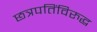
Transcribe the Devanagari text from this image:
छत्रपतिंविरुद्ध